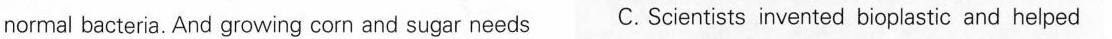
normal bacteria. And growing corn and sugar needs C. Scientists invented bioplastic and helped